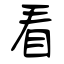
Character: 看